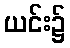
ယင်း၌